Vabadussoja_Ajaloo_Komitee, lk 75
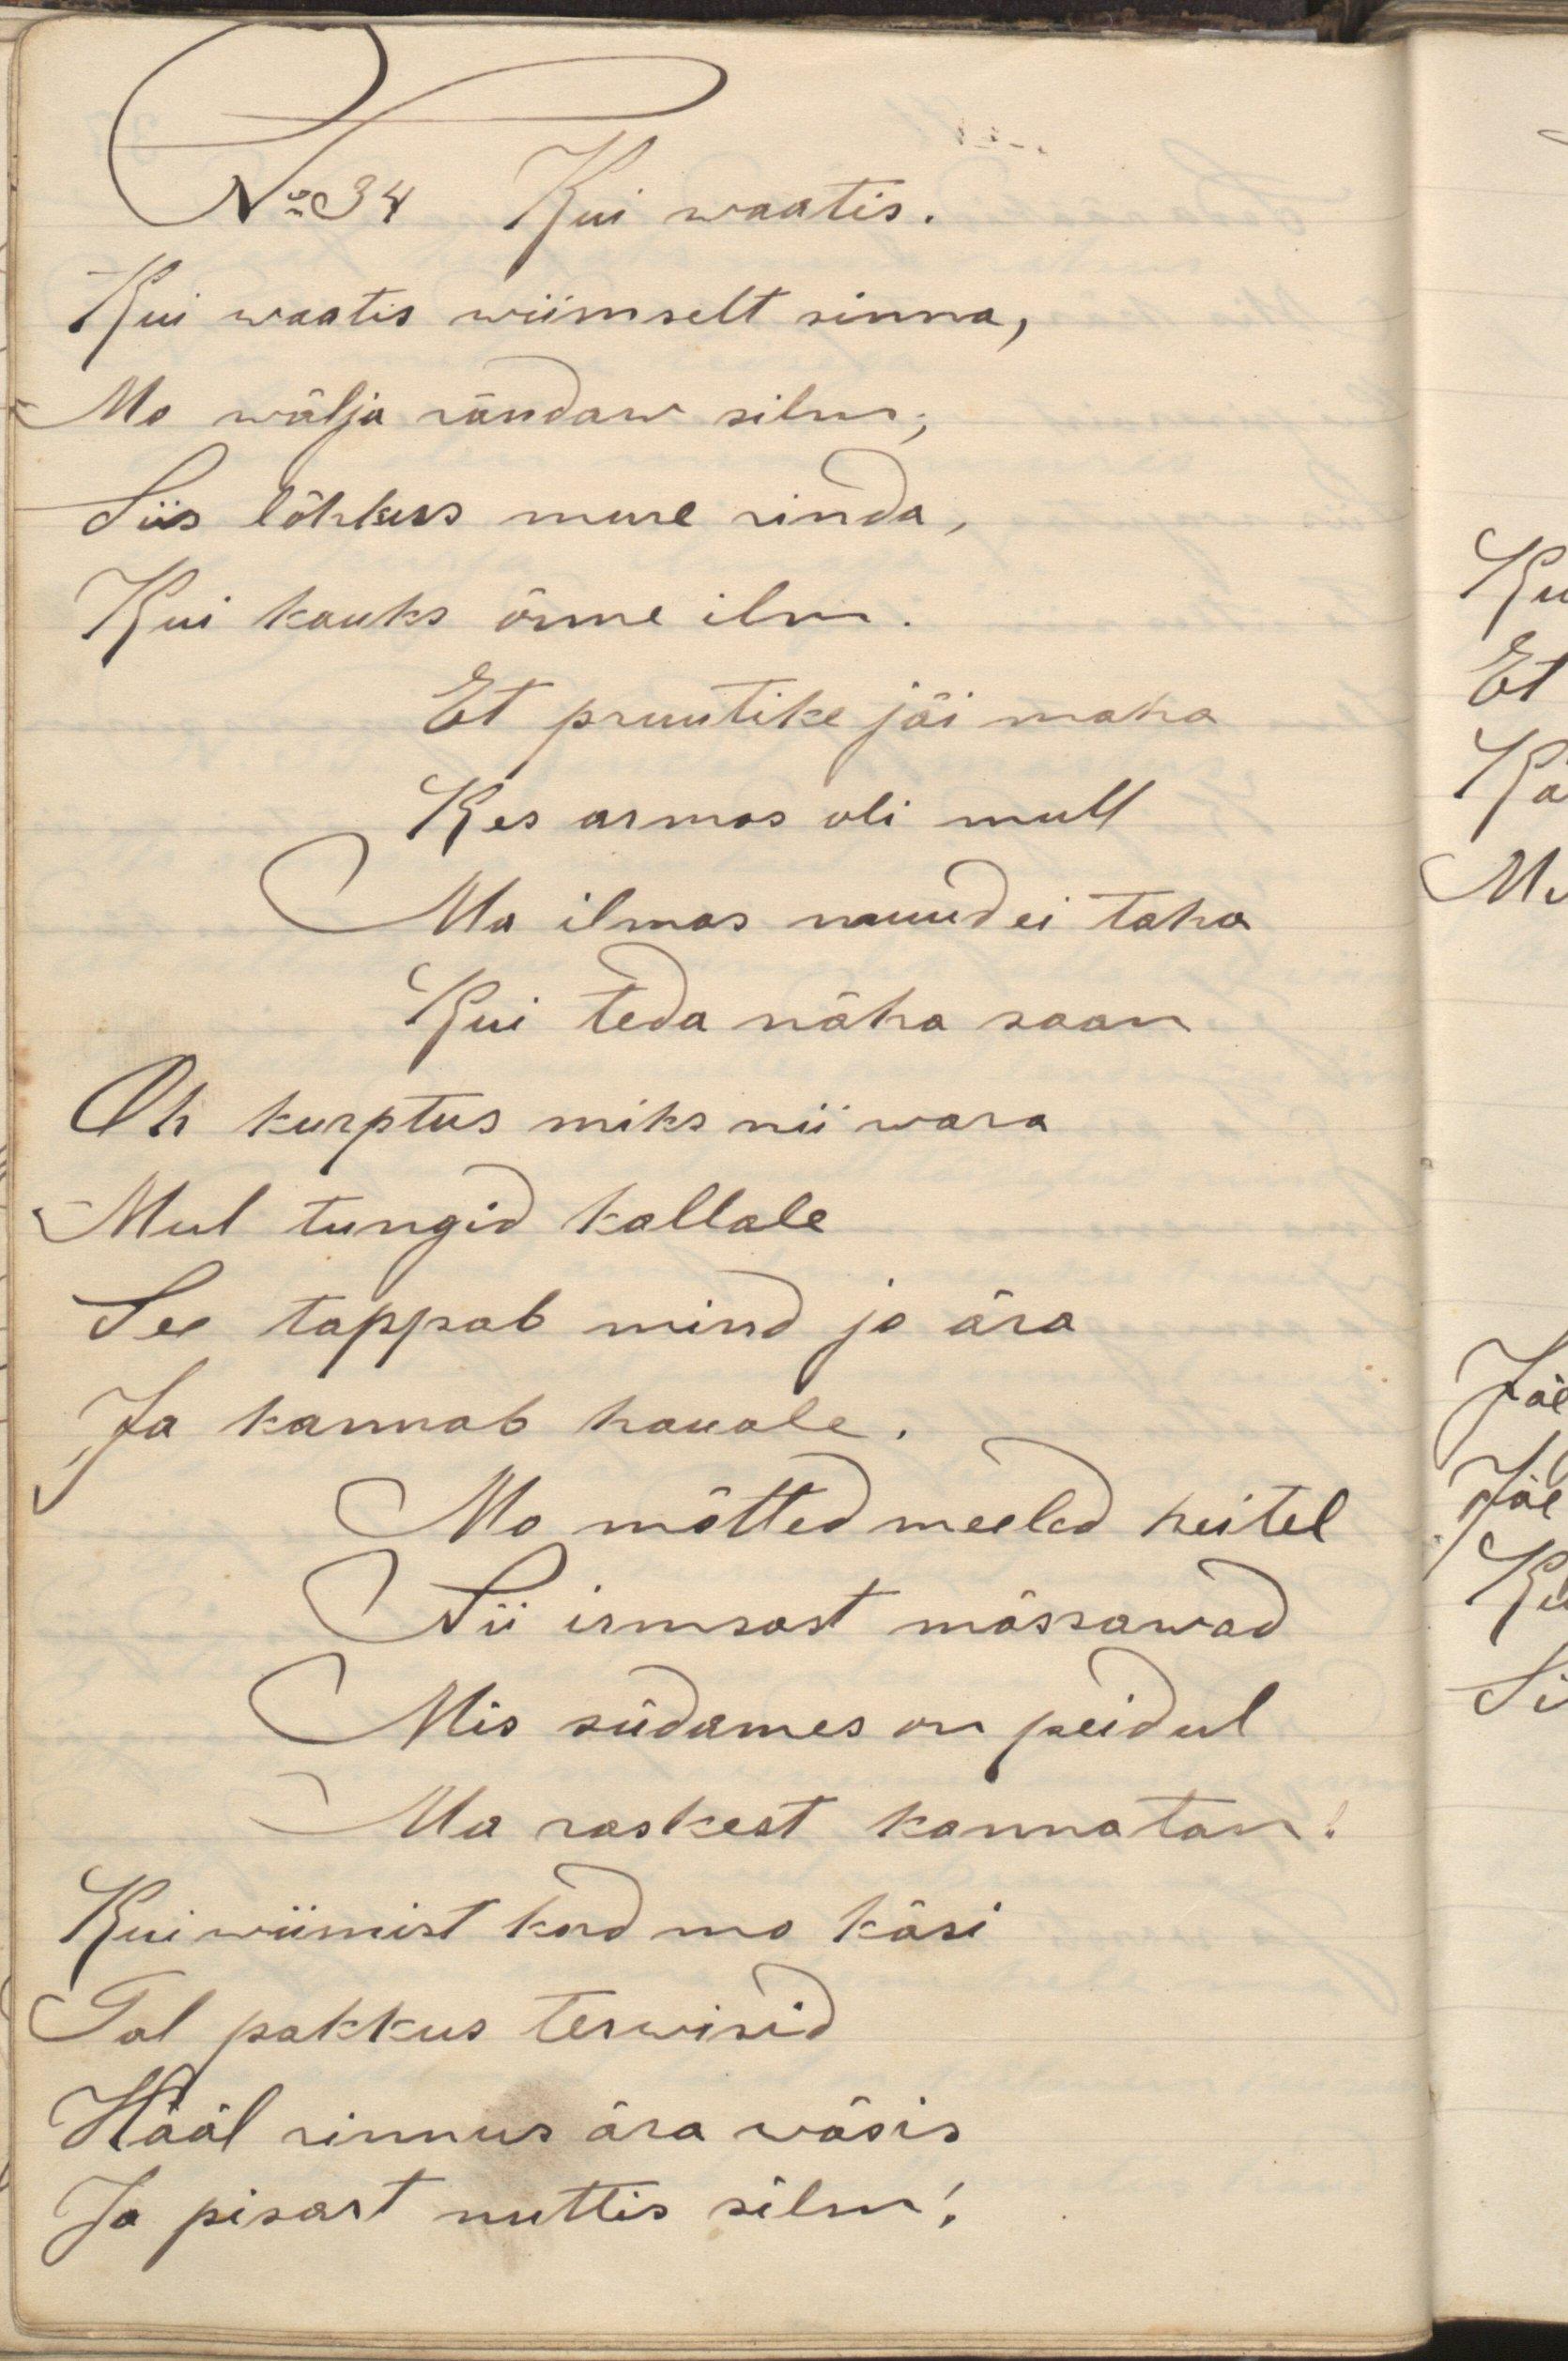
N:34 Kui waatis.
Kui waatis wiimselt sinna,
Mo välja rändaw silm,
Siis lõhkus mure rinda,
Kui kauks õnne ilm.
Et pruutike jäi maha
Kes armas oli mull
Ma ilmas muud ei taha
Kui teda näha saan
Oh kurptus miks nii wara
Mul tungis kallale
See tappab mind jo ära
Ja kannab hauale.
Mo mõtted meeled heitel
Nii irmsast mässawad
Mis südames on peidul
Ma raskest kannatan.
Kui wiimist kord mo käsi
Tal pakkus terwisid
Hääl rinnus ära wäsis
Ta pisart nuttis silm: